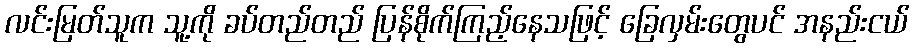
လင်းမြတ်သူက သူ့ကို ခပ်တည်တည် ပြန်စိုက်ကြည့်နေသဖြင့် ခြေလှမ်းတွေပင် အနည်းငယ်